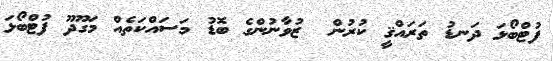
ފުޓްބޯޅަ ދަނޑު ތަރައްޤީ ކުރުން  ޒުވާނުންގެ ބޮޑު މަސައްކަތެއް މަގޫދޫ ފުޓްބޯޅަ